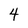
Character: 4